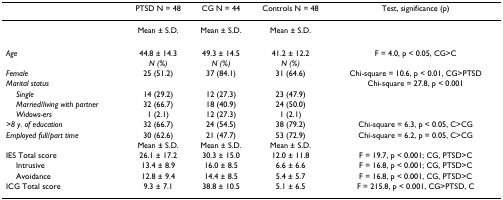
<table><thead><tr><td></td><td><b>PTSD N = 48</b></td><td><b>CG N = 44</b></td><td><b>Controls N = 48</b></td><td><b>Test, significance (p)</b></td></tr></thead><tbody><tr><td></td><td>Mean ± S.D.</td><td>Mean ± S.D.</td><td>Mean ± S.D.</td><td></td></tr><tr><td><i>Age</i></td><td>44.8 ± 14.3</td><td>49.3 ± 14.5</td><td>41.2 ± 12.2</td><td>F = 4.0, p &lt; 0.05, CG&gt;C</td></tr><tr><td></td><td><i>N (%)</i></td><td><i>N (%)</i></td><td><i>N (%)</i></td><td></td></tr><tr><td><i>Female</i></td><td>25 (51.2)</td><td>37 (84.1)</td><td>31 (64.6)</td><td>Chi-square = 10.6, p &lt; 0.01, CG&gt;PTSD</td></tr><tr><td><i>Marital status</i></td><td></td><td></td><td></td><td>Chi-square = 27.8, p &lt; 0.001</td></tr><tr><td> <i>Single</i></td><td>14 (29.2)</td><td>12 (27.3)</td><td>23 (47.9)</td><td></td></tr><tr><td> <i>Married/living with partner</i></td><td>32 (66.7)</td><td>18 (40.9)</td><td>24 (50.0)</td><td></td></tr><tr><td> <i>Widows-ers</i></td><td>1 (2.1)</td><td>12 (27.3)</td><td>1 (2.1)</td><td></td></tr><tr><td><i>&gt;8 y. of education</i></td><td>32 (66.7)</td><td>24 (54.5)</td><td>38 (79.2)</td><td>Chi-square = 6.3, p &lt; 0.05, C&gt;CG</td></tr><tr><td><i>Employed full/part time</i></td><td>30 (62.6)</td><td>21 (47.7)</td><td>53 (72.9)</td><td>Chi-square = 6.2, p = 0.05, C&gt;CG</td></tr><tr><td></td><td>Mean ± S.D.</td><td>Mean ± S.D.</td><td>Mean ± S.D.</td><td></td></tr><tr><td>IES Total score</td><td>26.1 ± 17.2</td><td>30.3 ± 15.0</td><td>12.0 ± 11.8</td><td>F = 19.7, p &lt; 0.001; CG, PTSD&gt;C</td></tr><tr><td> Intrusive</td><td>13.4 ± 8.9</td><td>16.0 ± 8.5</td><td>6.6 ± 6.6</td><td>F = 16.8, p &lt; 0.001; CG, PTSD&gt;C</td></tr><tr><td> Avoidance</td><td>12.8 ± 9.4</td><td>14.4 ± 8.5</td><td>5.4 ± 5.7</td><td>F = 16.8, p &lt; 0.001, CG, PTSD&gt;C</td></tr><tr><td>ICG Total score</td><td>9.3 ± 7.1</td><td>38.8 ± 10.5</td><td>5.1 ± 6.5</td><td>F = 215.8, p &lt; 0.001, CG&gt;PTSD, C</td></tr></tbody></table>